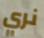
نري